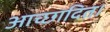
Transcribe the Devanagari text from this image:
आच्छादित।